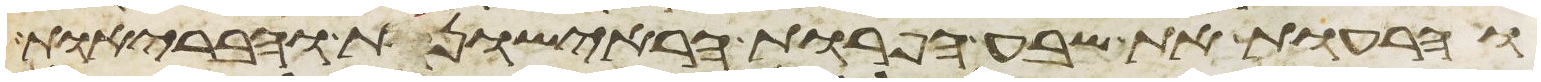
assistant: והרעות את שבע הפרות הראישונות והבריות